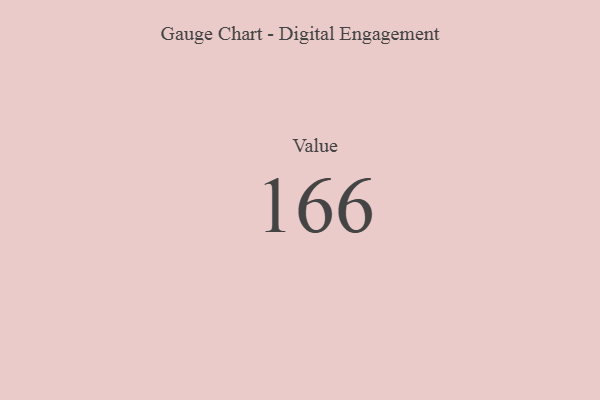
{"axis": {"x": "Metric", "y": "Value"}, "legend": [""], "data": [{"x": "Value", "y": 166, "type": ""}]}